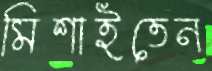
মিশাইতেন